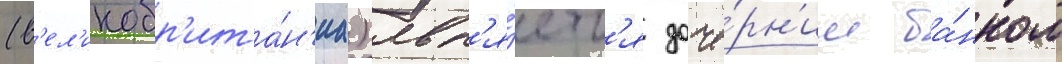
(в'ел'икобр'ита́н'иа) явл'я́етс'я доче́рн'им ба́нком